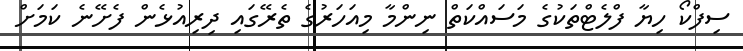
ސިފްކޯ ހިޔާ ފްލެޓްތަކުގެ މަސައްކަތް ނިންމާ މިއަހަރުގެ ތެރޭގައި ދިރިއުޅެން ފެށޭނެ ކަމަށް